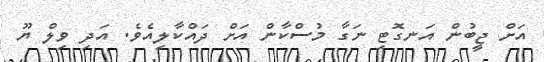
އަށް ޖީބުން އަނގޮޓި ނަގާ މުސްކާން އަށް ދައްކާލިއެވެ. އަދި ވިލް ޔޫ